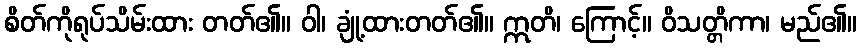
စိတ်ကိုရုပ်သိမ်းထား တတ်၏။ ဝါ၊ ချုံ့ထားတတ်၏။ ဣတိ၊ ကြောင့်။ ဝိသတ္တိကာ၊ မည်၏။